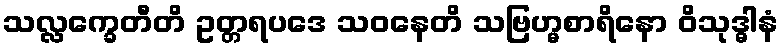
သလ္လက္ခေတီတိ ဥတ္တရပဒေ သဝနေတိ သဗြဟ္မစာရိနော ဝိသုဒ္ဓါနံ